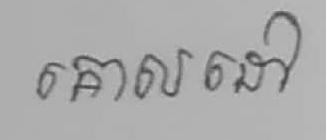
គោលដៅ